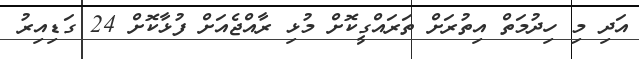
އަދި މި ހިދުމަތް އިތުރަށް ތަރައްގީކޮށް މުޅި ރާއްޖެއަށް ފުޅާކޮށް 24 ގަޑިއިރު